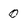
Character: 0